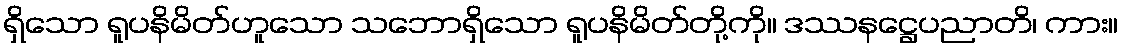
ရှိသော ရူပနိမိတ်ဟူသော သဘောရှိသော ရူပနိမိတ်တို့ကို။ ဒဿနဋ္ဌေပညာတိ၊ ကား။